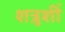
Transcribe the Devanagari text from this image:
शत्रूशीं